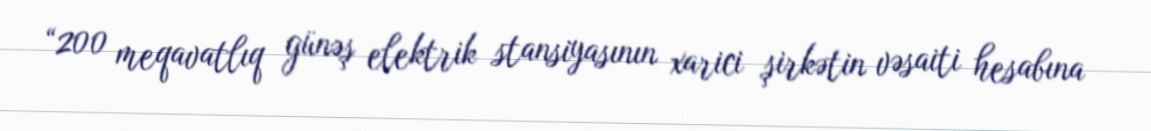
“200 meqavatlıq günəş elektrik stansiyasının xarici şirkətin vəsaiti hesabına